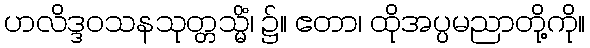
ဟလိဒ္ဒဝသနသုတ္တသ္မိံ၊ ၌။ ဧတာ၊ ထိုအပ္ပမညာတို့ကို။